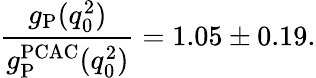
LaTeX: \frac{g_{\mathrm{P}}(q_{0}^{2})}{g_{\mathrm{P}}^{\mathrm{PCAC}}(q_{0}^{2})}=1.05\pm 0.19.